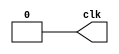
`timescale 1ns/1ps
    
module Clock #(parameter period=10, parameter duty_cycle=0.5) (output reg clk);

parameter high_time = duty_cycle * period,
          low_time = period - high_time;

initial begin
    clk = 0;
end

always begin
    #low_time
    clk = 1;
    #high_time;
    clk = 0;        
end

endmodule